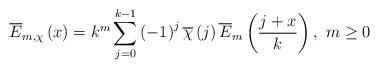
LaTeX: \begin{align*}\overline{E}_{m,\chi}\left( x\right) =k^{m}\sum_{j=0}^{k-1}\left(-1\right) ^{j}\overline{\chi}\left( j\right) \overline{E}_{m}\left(\frac{j+x}{k}\right) ,\ m\geq0 \end{align*}